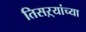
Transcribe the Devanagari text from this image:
तिसऱ्यांच्या